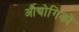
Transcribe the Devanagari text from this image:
औद्योगिकों